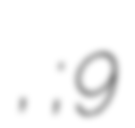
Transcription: Герасимов, Иннокентий Петрович; 9